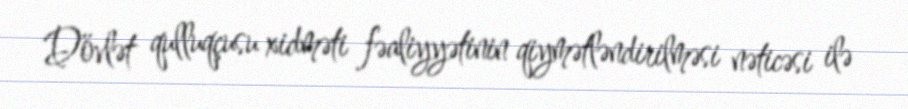
Dövlət qulluqçusu xidməti fəaliyyətinin qiymətləndirilməsi nəticəsi ilə